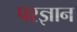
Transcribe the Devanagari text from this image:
परज्ञान